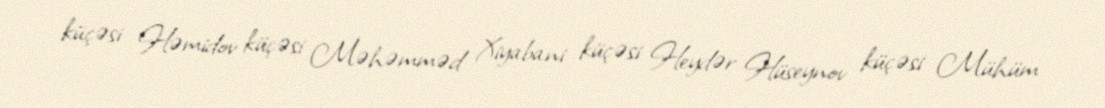
küçəsi Həmidov küçəsi Məhəmməd Xiyabani küçəsi Heydər Hüseynov küçəsi Mühüm